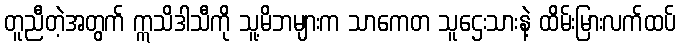
တူညီတဲ့အတွက် ဣသိဒါသီကို သူ့မိဘများက သာကေတ သူဌေးသားနဲ့ ထိမ်းမြားလက်ထပ်